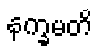
နက္ခမတိ